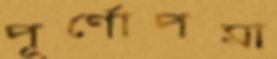
পূর্ণোপমা